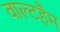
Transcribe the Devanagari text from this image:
वाल्टहैम